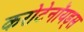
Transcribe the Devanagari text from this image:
करोटेनॉयड्स